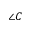
\angle C